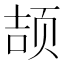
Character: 颉